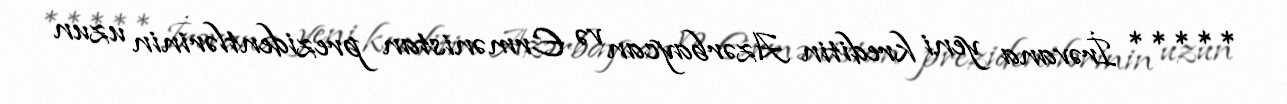
***** İrəvana yeni kreditin Azərbaycan və Ermənistan prezidentlərinin uzun